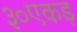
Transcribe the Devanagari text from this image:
३०एकड़